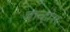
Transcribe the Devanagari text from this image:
बान्होस